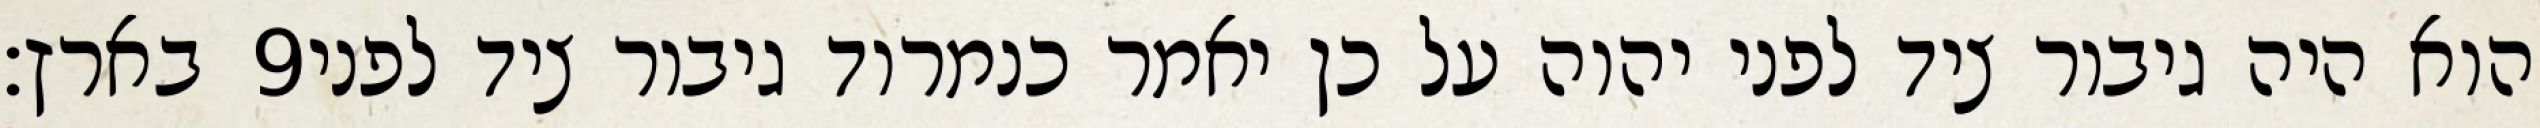
בארץ׃ ‎9‏ הוא היה גיבור ציד לפני יהוה על כן יאמר כנמרוד גיבור ציד לפני